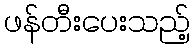
ဖန်တီးပေးသည့်